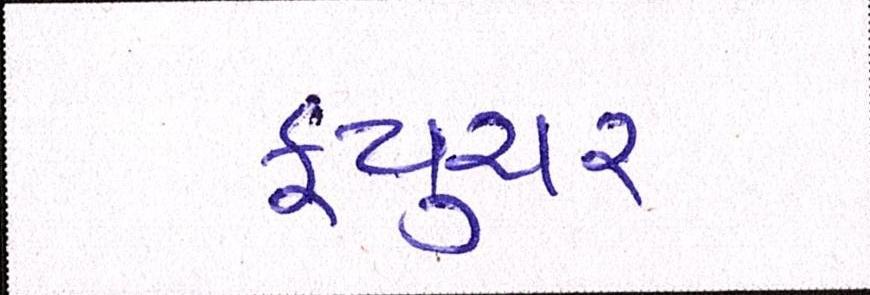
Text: ફ્યુચર